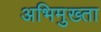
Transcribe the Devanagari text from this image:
अभिमुख्ता